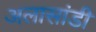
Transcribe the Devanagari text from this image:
अलासांडी